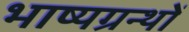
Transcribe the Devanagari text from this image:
भाष्यग्रन्थों